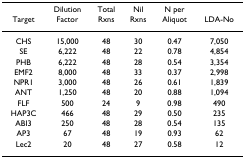
<table><thead><tr><td></td><td><b>Dilution</b></td><td><b>Total</b></td><td><b>Nil</b></td><td><b>N per</b></td><td></td></tr><tr><td><b>Target</b></td><td><b>Factor</b></td><td><b>Rxns</b></td><td><b>Rxns</b></td><td><b>Aliquot</b></td><td><b>LDA-No</b></td></tr></thead><tbody><tr><td>CHS</td><td>15,000</td><td>48</td><td>30</td><td>0.47</td><td>7,050</td></tr><tr><td>SE</td><td>6,222</td><td>48</td><td>22</td><td>0.78</td><td>4,854</td></tr><tr><td>PHB</td><td>6,222</td><td>48</td><td>28</td><td>0.54</td><td>3,354</td></tr><tr><td>EMF2</td><td>8,000</td><td>48</td><td>33</td><td>0.37</td><td>2,998</td></tr><tr><td>NPR1</td><td>3,000</td><td>48</td><td>26</td><td>0.61</td><td>1,839</td></tr><tr><td>ANT</td><td>1,250</td><td>48</td><td>20</td><td>0.88</td><td>1,094</td></tr><tr><td>FLF</td><td>500</td><td>24</td><td>9</td><td>0.98</td><td>490</td></tr><tr><td>HAP3C</td><td>466</td><td>48</td><td>29</td><td>0.50</td><td>235</td></tr><tr><td>ABI3</td><td>250</td><td>48</td><td>28</td><td>0.54</td><td>135</td></tr><tr><td>AP3</td><td>67</td><td>48</td><td>19</td><td>0.93</td><td>62</td></tr><tr><td>Lec2</td><td>20</td><td>48</td><td>27</td><td>0.58</td><td>12</td></tr></tbody></table>